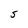
Character: S